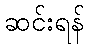
ဆင်းရန်